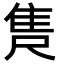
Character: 𮥺